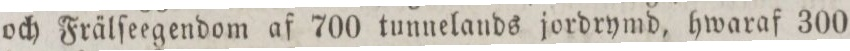
och Frälſeegendom af 700 tunnelands jordrymd, hwaraf 300